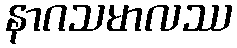
နာဂသမာလဿ